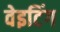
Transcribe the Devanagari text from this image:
वेइटिंग